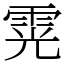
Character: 䨔